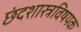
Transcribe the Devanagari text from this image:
छंदशास्त्रविषयक